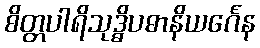
စိတ္တပါရိသုဒ္ဓိပဓာနိယင်္ဂေန